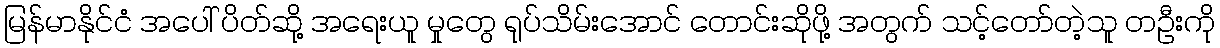
မြန်မာနိုင်ငံ အပေါ် ပိတ်ဆို့ အရေးယူ မှုတွေ ရုပ်သိမ်းအောင် တောင်းဆိုဖို့ အတွက် သင့်တော်တဲ့သူ တဦးကို